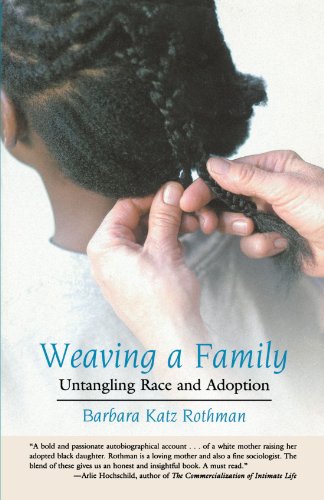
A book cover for Weaving a Family: Untangling Race and Adoption; Barbara Katz Rothman; Law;